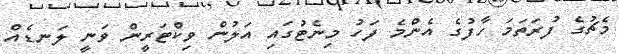
މެޗުގެ ފުރަތަމަ ހާފުގެ އެންމެ ފަހު މިނެޓުގައި އަލުން ވިކްޓަރީން ވަނީ ލަނޑެއް